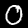
Digit: 0